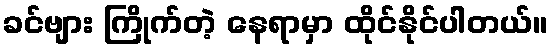
ခင်ဗျား ကြိုက်တဲ့ နေရာမှာ ထိုင်နိုင်ပါတယ်။